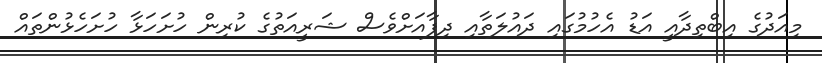
މިއަދުގެ އިބްތިދާއީ އަޑު އެހުމުގައި ދައުލަތާއި ދިފާއަށްވެސް ޝަރީއަތުގެ ކުރިން ހުށަހަޅާ ހުށަހެޅުންތައް